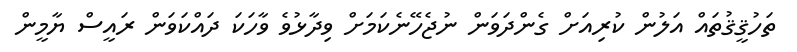
ތަހުޤީޤުތައް އަލުން ކުރިއަށް ގެންދަވަން ނުޖެހޭނެކަމަށް ވިދާޅުވެ ވާހަކަ ދައްކަވަން ރައީސް ޔާމީން